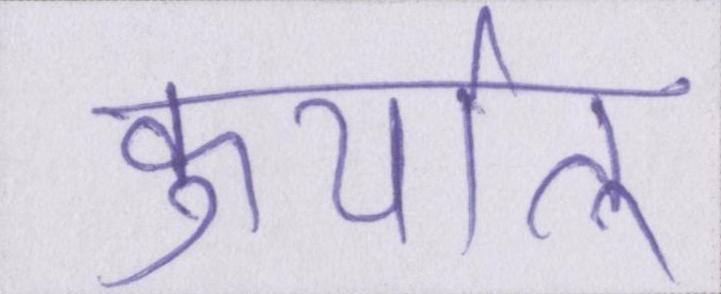
कुर्यात्